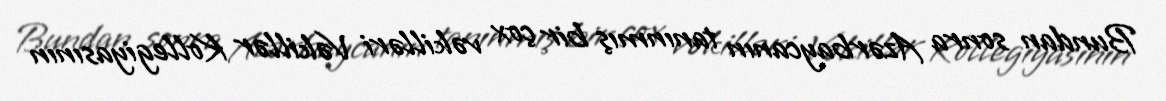
Bundan sonra Azərbaycanın tanınmış bir çox vəkilləri Vəkillər Kollegiyasının